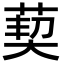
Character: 葜